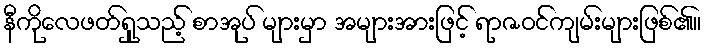
နီကိုလေဖတ်ရှုသည့် စာအုပ် များမှာ အများအားဖြင့် ရာဇဝင်ကျမ်းများဖြစ်၏။